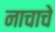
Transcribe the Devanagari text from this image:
नाचाचे